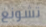
تشونغ